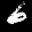
Label: 6